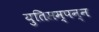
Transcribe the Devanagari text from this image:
युतिसम्पन्न